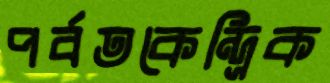
পর্বতকেন্দ্রিক